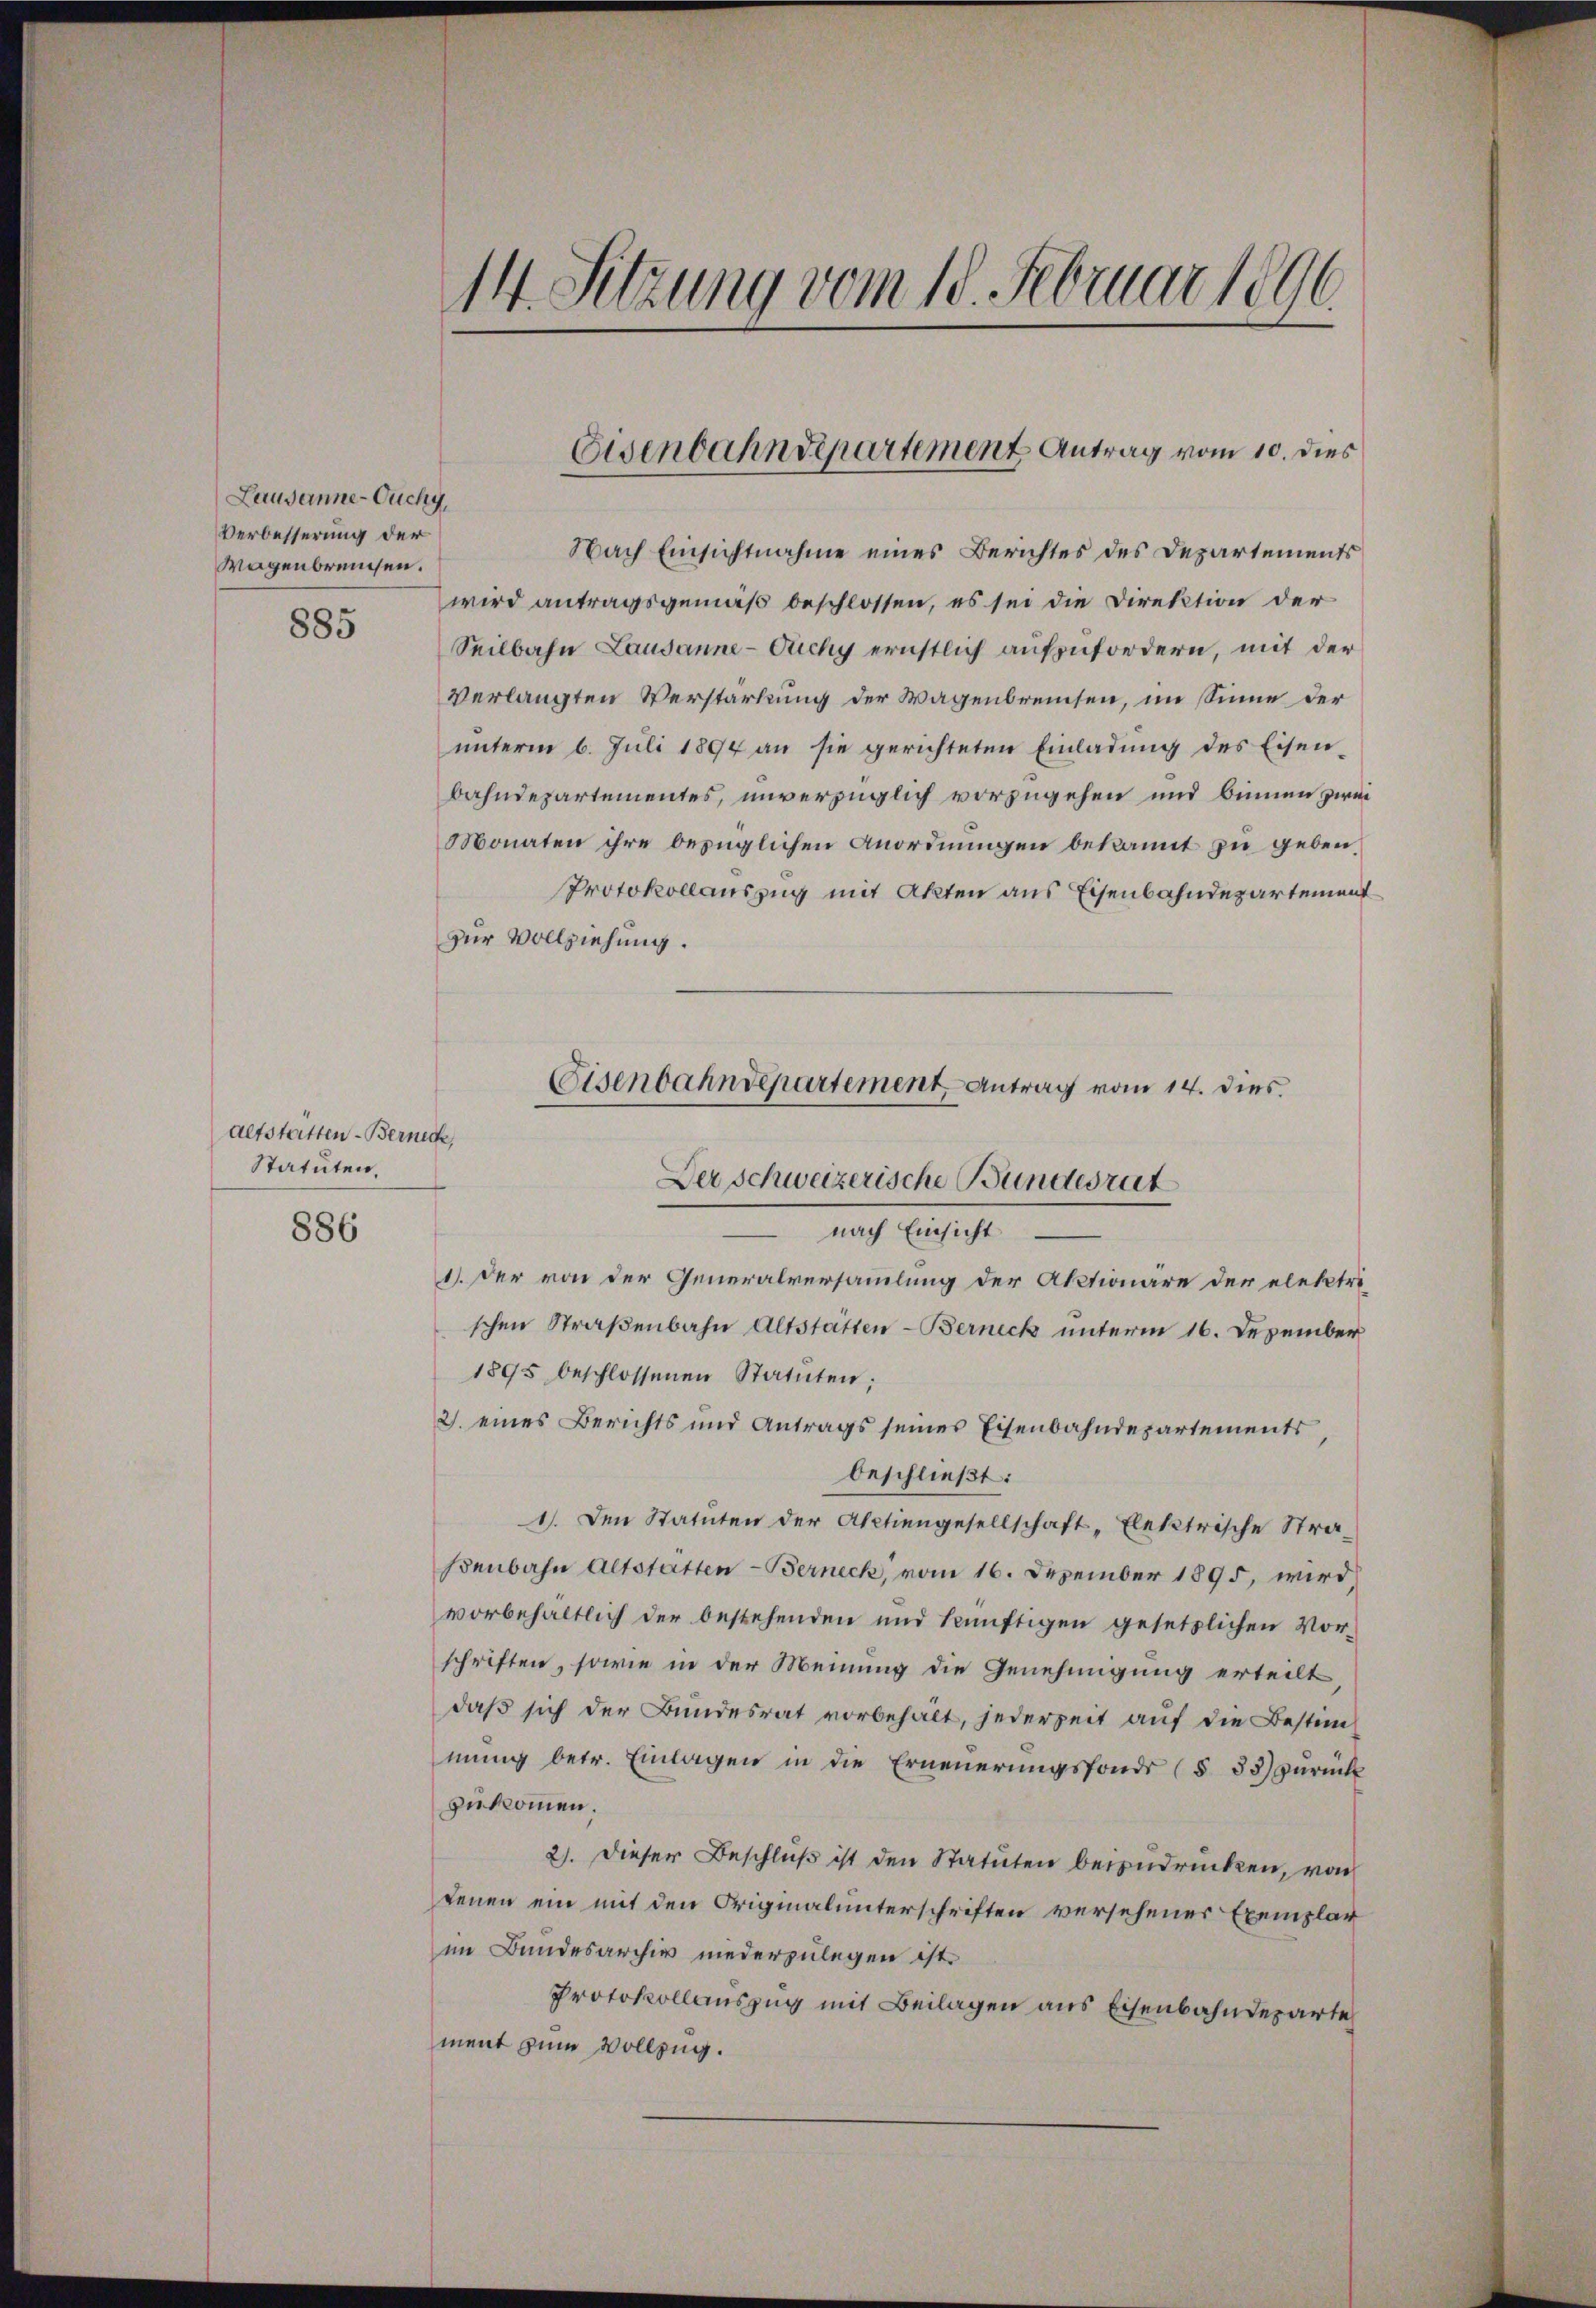
Lausanne-Ouchy,
Verbesserung der
Wagenbrenchen.
885

Altstätten - Berneck,
Statuten,
886

Nach Einsichtnahme eines Berichtes des Departements
wird antragsgemäß beschlossen, es sei die Direktion der
Seilbahn Lausanne - Ouchy ernstlich aufzufordern, mit der
verlangten Verstärkung der Wagenbreichen, im Sinne der
unterm 6. Juli 1894 an sie gerichteten Einladung des Eisen-
bahndepartementes, unverzüglich vorzugehen und binnen zwei
Monaten ihre bezüglichen Anordnungen bekannt zu geben,
Protokollauszug mit Akten aus Eisenbahndepartement
zur Vollziehung.
Eisenbahndepartement Antrag vom 14. dies

schen Straßenbahn Altstatten-Berneck unterm 16. Dezember
1895 beschlossenen Statuten;
2. eines Berichts und Antrags seines Eisenbahndepartements
beschließt:
1). Den Statuten der Aktiengesellschaft „Elektrische Stradenbahn Altstatten - Berneck, vom 16. Dezember 1895, wird
vorbehältlich der bestehenden und künftigen gesetzlichen Vor-
schriften, sowie in der Meinung die Genehmigung erteilt
daß sich der Bundesrat vorbehalt, jederzeit auf die Bestimmŭng betr. Einlagen in die Erneuerungsfonds (§ 33) zurück
zukommen.
2). Dieser Beschluß ist den Statuten beizudrücken, von
denen ein mit den Originalunterschriften versehener Exemplar
im Bundesarchiv niederzulegen ist.
Protokollauszug mit Beilagen aus Eisenbahndeparte
ment zum Vollzug.

14. Setzung vom 18. Februar 1896

Eisenbahndepartement Antrag vom 10. dies

Der Schweizerische Bundesrat
 nach Einsicht
1). Der von der Generalversammlung der Aktionäre der elektri¬